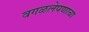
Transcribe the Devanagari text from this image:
वगळलेपणाचा